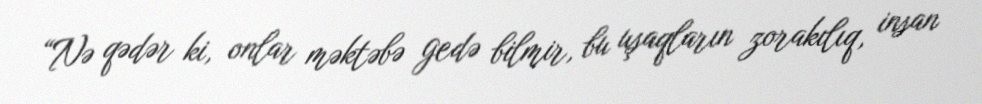
“Nə qədər ki, onlar məktəbə gedə bilmir, bu uşaqların zorakılıq, insan